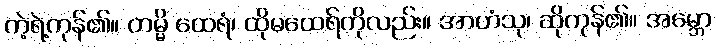
ကဲ့ရဲ့ကုန်၏။ တမ္မိ ထေရံ၊ ထိုမထေရ်ကိုလည်း။ အာဟံသု၊ ဆိုကုန်၏။ အမ္ဘော